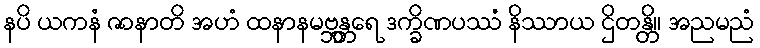
နပိ ယကနံ ဇာနာတိ အဟံ ထနာနမဗ္ဘန္တရေ ဒက္ခိဏပဿံ နိဿာယ ဌိတန္တိ။ အညမညံ